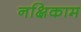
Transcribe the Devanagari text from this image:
नक्षिकाम